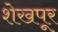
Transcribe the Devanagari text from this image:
शेखपूर